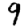
Digit: 9